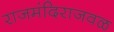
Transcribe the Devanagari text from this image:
राजमंदिराजवळ